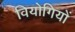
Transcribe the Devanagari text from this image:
वियोगियों